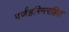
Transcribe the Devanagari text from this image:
पर्णहरिमरहित